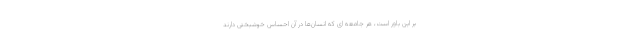
بر این باور است، هر جامعه‌ ای که انسان‌ها در آن احساس خوشبختی دارند